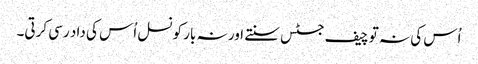
اُس کی نہ تو چیف جسٹس سنتے اور نہ بار کونسل اُس کی داد رسی کرتی۔